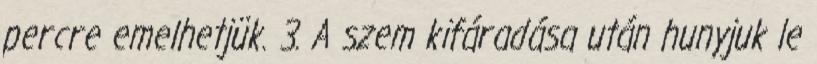
percre emelhetjük. 3. A szem kifáradása után hunyjuk le